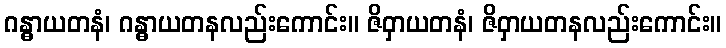
ဂန္ဓာယတနံ၊ ဂန္ဓာယတနလည်းကောင်း။ ဇိဝှာယတနံ၊ ဇိဝှာယတနလည်းကောင်း။